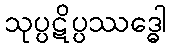
သုပ္ပဋိပ္ပဿဒ္ဓေါ